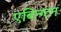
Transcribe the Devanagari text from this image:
एबिन्ग्टन